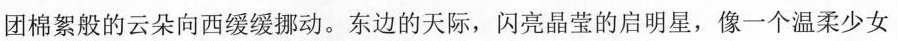
团棉絮般的云朵向西缓缓挪动。东边的天际，闪亮晶莹的启明星，像一个温柔少女